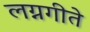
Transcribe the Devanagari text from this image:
लग्नगीते